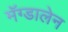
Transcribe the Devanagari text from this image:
मॅग्डालेन